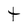
Character: t